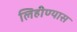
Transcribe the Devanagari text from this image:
लिहीण्यास